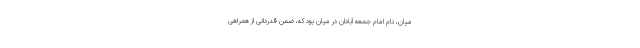
میان، نام امام جمعه آبادان در میان بود که، ضمن قدردانی از همراهی